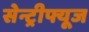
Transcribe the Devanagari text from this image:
सेन्ट्रीफ्यूज